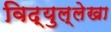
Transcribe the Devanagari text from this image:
विद्युल्लेखा